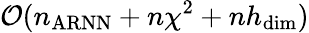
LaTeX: \mathcal{O}(n_{\mathrm{ARNN}}+n\chi^{2}+nh_{\mathrm{dim}})